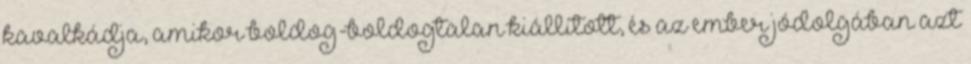
kavalkádja, amikor boldog-boldogtalan kiállított, és az ember jódolgában azt